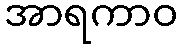
အာရကာဝ